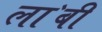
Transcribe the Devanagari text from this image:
ला॓बी